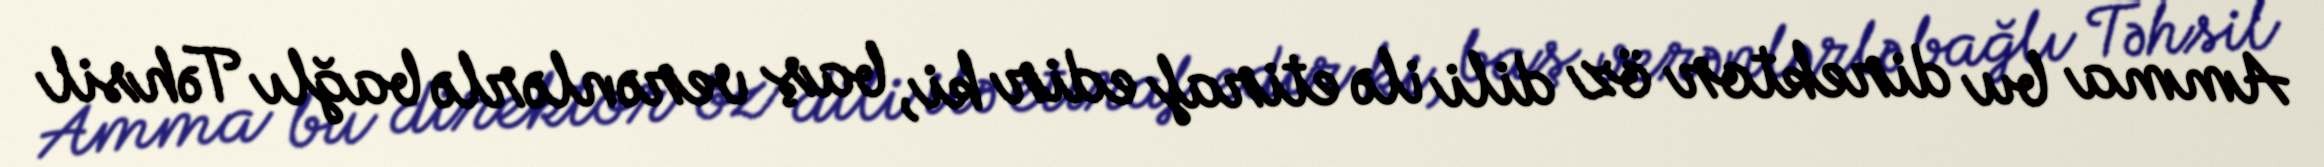
Amma bu direktor öz dili ilə etiraf edir ki, baş verənlərlə bağlı Təhsil